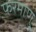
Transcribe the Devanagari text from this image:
फरमाणु